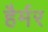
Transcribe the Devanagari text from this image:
हैर्मर